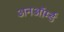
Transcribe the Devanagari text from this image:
अनऑर्म्ड